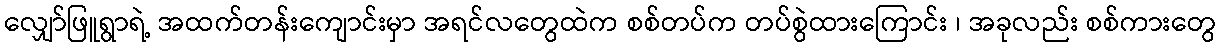
လျှော်ဖြူရွာရဲ့ အထက်တန်းကျောင်းမှာ အရင်လတွေထဲက စစ်တပ်က တပ်စွဲထားကြောင်း ၊ အခုလည်း စစ်ကားတွေ